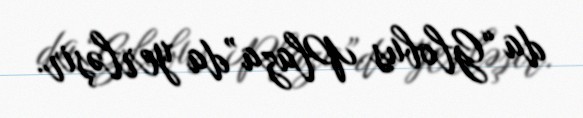
da “Globus Plaza”da yerləşir.